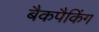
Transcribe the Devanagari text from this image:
बैकपैकिंग